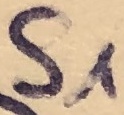
Text: S1